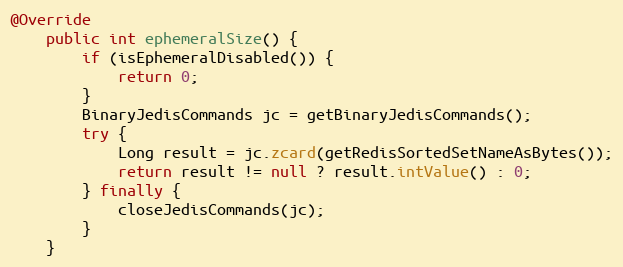
Language: Java
@Override
    public int ephemeralSize() {
        if (isEphemeralDisabled()) {
            return 0;
        }
        BinaryJedisCommands jc = getBinaryJedisCommands();
        try {
            Long result = jc.zcard(getRedisSortedSetNameAsBytes());
            return result != null ? result.intValue() : 0;
        } finally {
            closeJedisCommands(jc);
        }
    }